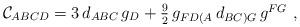
LaTeX: \begin{align*}{\cal C}_{ABCD}=3\,d_{ABC}\,g_D+\textstyle{\frac{9}{2}} \,g _{FD(A}\,d_{BC)G}\,g^{FG}\ ,\end{align*}